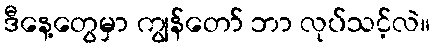
ဒီနေ့တွေမှာ ကျွန်တော် ဘာ လုပ်သင့်လဲ။